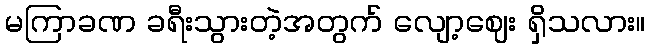
မကြာခဏ ခရီးသွားတဲ့အတွက် လျော့ဈေး ရှိသလား။